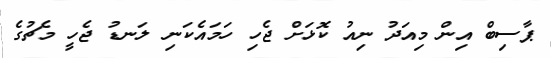
ޕާސިބް އިން މިއަދު ނިއު ކޮޅަށް ޖެހި ހަމައެކަނި ލަނޑު ޖެހީ މެޗުގެ